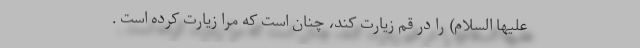
عليها السلام) را در قم زيارت كند، چنان است كه مرا زيارت كرده است .